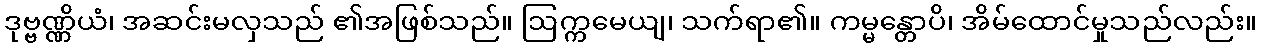
ဒုဗ္ဗဏ္ဏိယံ၊ အဆင်းမလှသည် ၏အဖြစ်သည်။ ဩက္ကမေယျ၊ သက်ရာ၏။ ကမ္မန္တောပိ၊ အိမ်ထောင်မှုသည်လည်း။